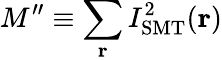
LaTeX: M^{\prime\prime}\equiv\sum_{\textbf{r}}I_{\mathrm{SMT}}^{2}(\textbf{r})